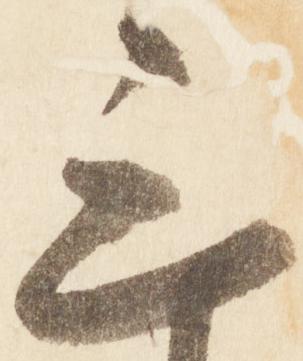
三